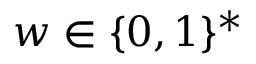
w \in \{ 0 , 1 \} ^ { * }